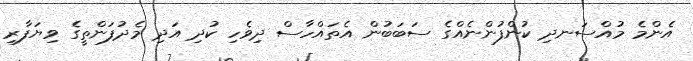
އެންމެ މުއްސަނދި ކުންފުންނެއްގެ ސަބަބުން އެތައްހާސް ދިވެހި ކުދި އަދި މެދުފަންތީގެ ވިޔަފާރި